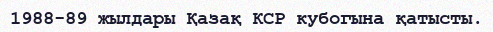
1988-89 жылдары Қазақ КСР кубогына қатысты.